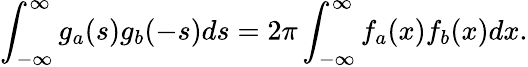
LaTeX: \int_{-\infty}^{\infty}g_{a}(s)g_{b}(-s)ds=2\pi\int_{-\infty}^{\infty}f_{a}(x)f_{b}(x)dx.